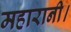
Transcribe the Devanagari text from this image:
महारानी।